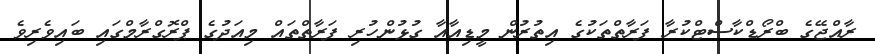
ރާއްޖޭގެ ބްރޯޑްކާސްޓްކުރާ ފަރާތްތަކުގެ އިތުރުން މީޑިއާއާ ގުޅުންހުރި ފަރާތްތައް މިއަދުގެ ޕްރޮގްރާމްގައި ބައިވެރިވެ